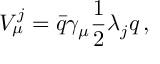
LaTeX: V _ { \mu } ^ { j } = { \bar { q } } \gamma _ { \mu } { \frac { 1 } { 2 } } \lambda _ { j } q \, ,